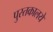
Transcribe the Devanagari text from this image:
पुस्तकालये